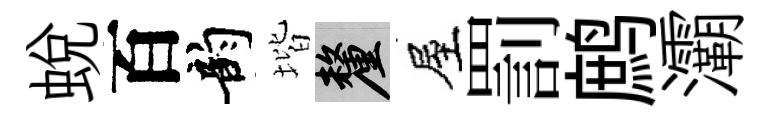
蛻百韵堦厘屋罰鹧灞